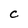
Character: C